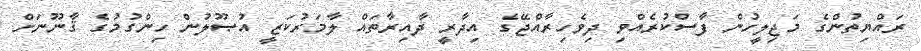
ރައްޔިތުންގެ މަޖިލީހުން ފާސްކުރެއްވި ދިވެހިރާއްޖޭގެ އިދާރީ ދާއިރާތައް ލާމަރުކަޒީ އުޞޫލުން ހިންގުމުގެ ޤާނޫނަށް